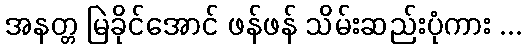
အနတ္တ မြဲခိုင်အောင် ဖန်ဖန် သိမ်းဆည်းပုံကား ...